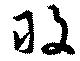
敢